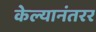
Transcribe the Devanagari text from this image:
केल्यानंतरर